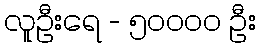
လူဦးရေ - ၅၀၀၀၀ ဦး